Calcutta medical institutions reports 1871-78
Year: 1871
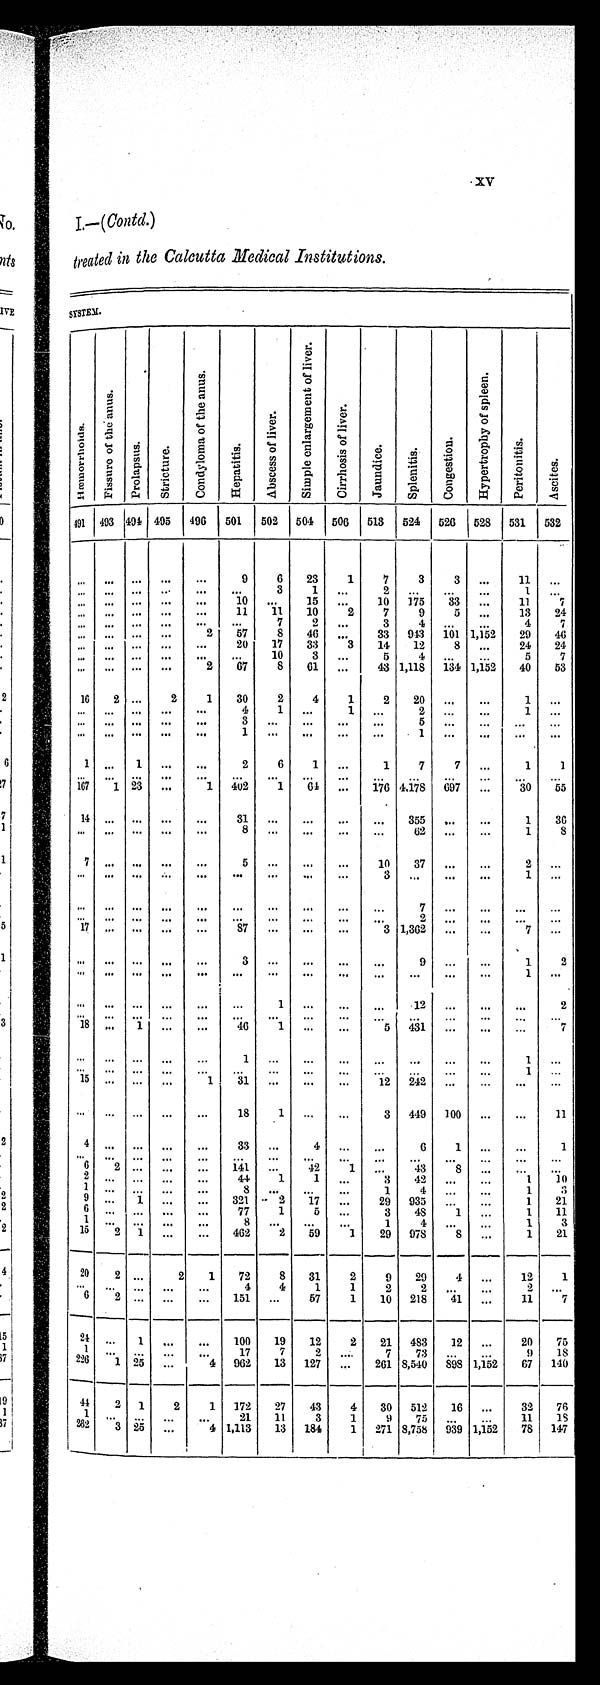
XV
I —(Contd.)
treated in the Calcutta Medical Institutions.
SYSTEM.
H æ m o r r o h o i d s .
F i s s u r e o f t h e a n u s .
P r o p l a p s u s . St r i ct ur e.
C o n d y l o m a o f t h e a n u s .
Hepatitis.
A b s c e s s o f l i v e r .
S i m p l e e n l a r g e m e n t o f l i v e r
C i r r h o s i s o f l i v e r .
J aundi ce.
S p l e n i t i s .
Co n g e s t i o n .
H y p e r t r o p h y o f s p l e e n .
Per i t oni t i s .
As c i t e s .
491 493 494 495 496 501 502 504 506 513 524 526 528 531 532
... ... ... ...
...
9
6
23
1
7
3
3
...
11 ...
... ... ... ...
...
...
3
1 ...
2
. . .
. . .
...
1 ...
... ...
. . .
. . .
. . .
10
. . .
15 ...
10 175
33 ...
11
7
...
. . . ...
. . . ...
11
1 1 10
2
7
9
5 ...
13
24
. . .
. . .
. . .
. . .
. . .
...
7 2
. . . 3
4
. . . ...
4
7
... ... ... ...
2
57
8
46
. . .
3 3 943 101 1,152
29
46
...
. . .
. . .
. . .
. . .
20
17
33
3
1 4
1 2
8 ...
24
24
. . .
. . .
. . .
. . .
. . .
...
10
3
. . .
5
4
. . . ...
5
7
... ... ... ...
2
67
8
61 ...
43 1,118 134 1,152
40
53
16
2 ...
2
1
30
2
4
1
2
20 ...
...
1 ...
... ...
. . .
. . .
. . .
4
1 ...
1 ...
2 ...
...
1 ...
. . .
. . .
. . .
. . .
. . .
3 ...
...
...
...
5 ...
...
...
...
...
. . .
. . .
. . .
. . .
1
. . .
...
. . .
. . .
1
. . .
...
. . .
. . .
1
. . .
1
. . .
. . . 2
6
1 ...
1
7
7 ...
1
1
. . .
. . . ... ...
...
...
...
...
...
...
...
...
...
...
...
167
1 23 ...
1 402
1
64 ...
176 4,178 697 ...
30
55
1 4
. . .
. . .
. . .
. . .
31
. . .
...
. . .
. . .
3 5 5
. . .
...
1
36
. . .
. . .
. . .
. . .
. . .
8 ...
...
...
...
6 2 ...
...
1
8
7
. . .
. . .
. . .
. . .
5
. . .
...
. . . 10
37 ...
...
2
. . .
...
. . .
. . .
. . .
. . .
...
. . .
...
. . .
3
. . .
. . . ...
1 ...
... ... ... ...
...
...
...
...
...
...
7
. . .
...
. . .
. . .
. . .
. . .
. . .
. . .
. . . ...
. . . ...
. . .
. . .
2
. . .
...
. . .
. . .
1 7
. . .
. . .
. . .
. . .
87
. . .
...
. . . 3 1,362 ...
...
7
. . .
. . . ... ... ...
...
3
. . .
...
. . .
. . .
9 ...
...
1
2
. . .
. . .
. . .
. . .
. . .
...
. . . ...
. . .
. . .
. . .
. . .
...
1
. . .
. . .
. . .
. . .
. . . ...
...
1 ...
. . .
. . .
12 ...
...
. . .
2
... ... ... ...
...
...
...
...
...
...
...
...
...
...
...
1 8
. . .
1
. . .
. . . 46
1 ...
...
5 431 ...
...
...
7
...
... ... ...
...
1
. . . ...
. . .
. . .
. . .
. . . ...
1 ...
. . .
. . .
. . .
. . .
. . . ...
. . . ...
. . .
. . .
. . .
. . . ...
1
. . .
1 5
. . .
. . .
. . . 1
31
. . .
...
. . . 12 242 ...
...
...
...
...
. . . ...
. . .
. . .
18
1 ...
. . . 3 449 100 ...
...
11
4
. . .
. . .
. . .
. . .
33
. . .
4
. . .
. . .
6
1
...
. . .
1
...
. . .
. . .
. . .
. . . ...
. . . ...
. . . ...
. . . ...
...
. . . ...
6
2 ... ...
...
141 ...
42
1 ...
43
8 ...
. . .
. . .
2 ... ... ...
...
44
1
1
. . .
3
4 2 ...
...
1
10
1
. . .
. . .
. . .
. . . 8
. . . ...
...
1
4
. . .
...
1
3
9 ...
1 ...
...
321
2
17 ...
29 935
. . . ...
1
21
6
. . .
. . .
. . . ...
77
1
5 ...
3
48
1 ...
1
11
1 ... ... ...
...
8 ...
...
...
1
4
. . .
...
1
3
15
2
1 ...
...
462
2
59
1
29 978
8 ...
1
21
20
2 ...
2
1
72
8
31
2
9
29
4 ...
12
1
. . .
. . . ... ...
...
4
4
1
1
2
2 ...
...
2
. . .
6
2 ... ...
...
151 ...
57
1
10 218
41 ...
11
7
2 4 ...
1 ...
...
100
19
12
2
21 483
12 ...
20
75
1
. . .
. . .
. . .
. . . 17
7 2
. . . 7
73
. . . ...
9
18
226
1
2 5
. . .
4 962
13 127 ...
261 8,540 898 1,152
67 140
44
2 1
2
1 172
27
43
4
30 512
16 ...
32
76
1
. . . . . .
. . . ...
21
11
3
1
9
75
. . . ...
11
18
2 8 2 3 25 ...
4 1,113
13 184
1 271 8,758 939 1,152
78 147